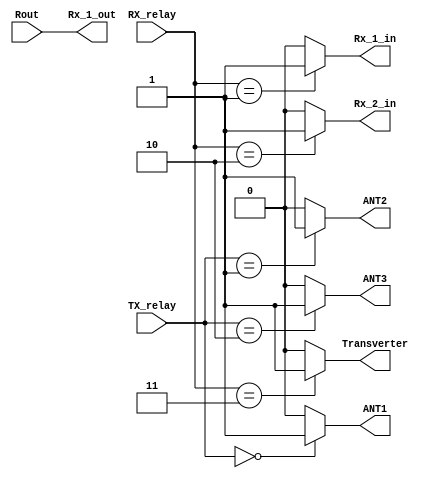
//////////////////////////////////////////////////////////////
//
//		Alex Antenna relay selection
//
//		Antenna relays decode as follows
//
//		TX_relay[1:0]	Antenna selected
//			00			Tx 1
//			01			Tx 2
//			10			Tx 3
//
//		RX_relay[1:0]	Antenna selected
//			00			None
//			01			Rx 1
//			10			Rx 2
//			11			Transverter
//
//		Rout			Rx_1_out
//			0			Not selected
//			1			Selected
//
//////////////////////////////////////////////////////////////

module Alex_relays(TX_relay, RX_relay, Rout, ANT1, ANT2, ANT3, Rx_1_out, Rx_1_in, Rx_2_in, Transverter);

input [1:0]TX_relay;
input [1:0]RX_relay;
input  Rout;
output ANT1;
output ANT2;
output ANT3;
output Rx_1_out;
output Rx_1_in;
output Rx_2_in;
output Transverter;


assign Rx_1_out = Rout;

assign ANT1 = (TX_relay == 2'b00) ? 1'b1 : 1'b0;  		// select Tx antenna 1
assign ANT2 = (TX_relay == 2'b01) ? 1'b1 : 1'b0;		// select Tx antenna 2
assign ANT3 = (TX_relay == 2'b10) ? 1'b1 : 1'b0;		// select Tx antenna 3

assign Rx_1_in = (RX_relay == 2'b01) ? 1'b1 : 1'b0;		// select Rx antenna 1
assign Rx_2_in = (RX_relay == 2'b10) ? 1'b1 : 1'b0;		// select Rx antenna 2
assign Transverter = (RX_relay == 2'b11) ? 1'b1 : 1'b0;	// select Transverter input 

endmodule